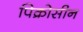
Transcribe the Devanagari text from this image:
पिक्रोसीन